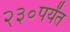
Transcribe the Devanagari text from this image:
२३०पर्यंत